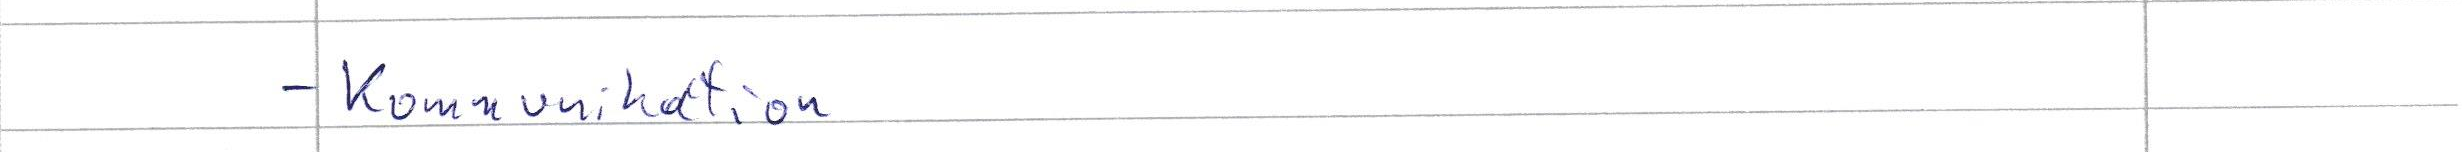
- Kommunikation